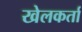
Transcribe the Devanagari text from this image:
खेलकर्ता